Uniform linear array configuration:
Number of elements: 32
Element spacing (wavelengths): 0.75
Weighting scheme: hamming
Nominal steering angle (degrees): -30
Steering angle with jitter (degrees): -31.913
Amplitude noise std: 0.05
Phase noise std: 0.05

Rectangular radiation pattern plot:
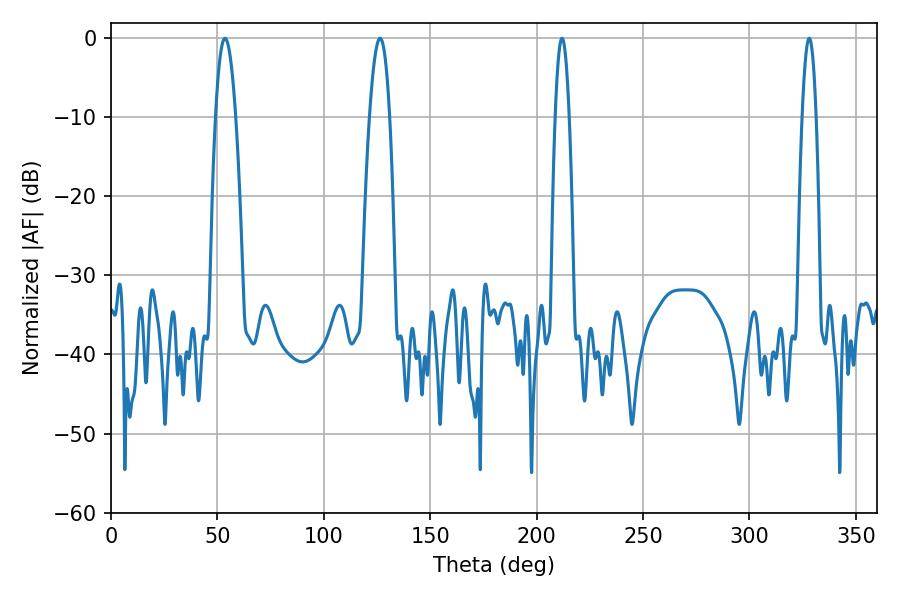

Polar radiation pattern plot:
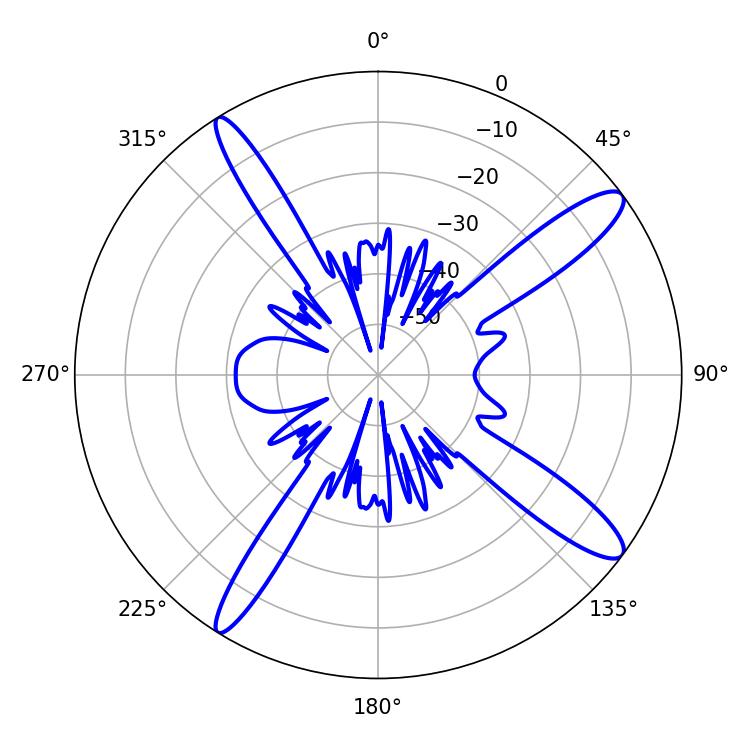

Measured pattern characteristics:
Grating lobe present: TRUE
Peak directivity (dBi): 13.67
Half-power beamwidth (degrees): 5.04
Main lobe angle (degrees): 53.64